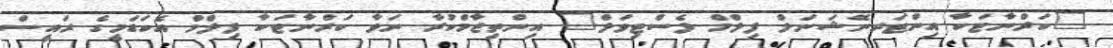
"ކަރްނާޓަކާ އިންޓަރނޭޝަނަލް ފިލްމް ފެސްޓިވަލް" އިންތިޒާމްކުރާ ނަވާ ކަރްނާޓަކާ ފިލްމް އެކަޑަމީގެ ރައީސް